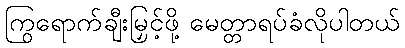
ကြွရောက်ချီးမြှင့်ဖို့ မေတ္တာရပ်ခံလိုပါတယ်